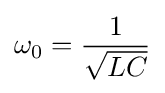
\omega _{0}={\frac {1}{\sqrt {LC}}}